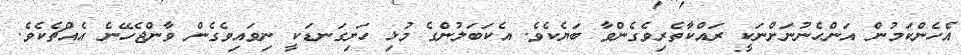
އެހެންކަމުން އަންހެނުނަށްނަކީ ރައްކާތެރިވެގެންވާ ބަޔެކެވެ. އެކަބަލުންގެ މުޅި ހަށިގަނޑަކީ ނިވައިވެގެން ވާންޖެހޭނެ އެއްޗެކެވެ.